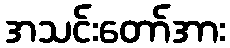
အသင်းတော်အား